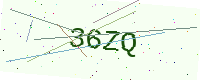
Text: 36ZQ